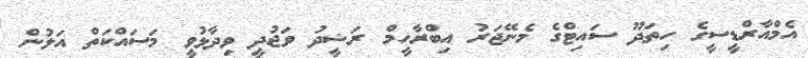
އެމްއާރްޑީސީގެ ހިތަދޫ ސައިޓްގެ މެނޭޖަރު އިބްރާހީމް ރަޝީދު ވަޖުދީ ވިދާޅުވީ މަސައްކަތް އަލުން